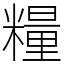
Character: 糧